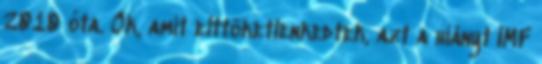
2010 óta. Ők, amit elttöketlenkedtek, azt a hiányt IMF